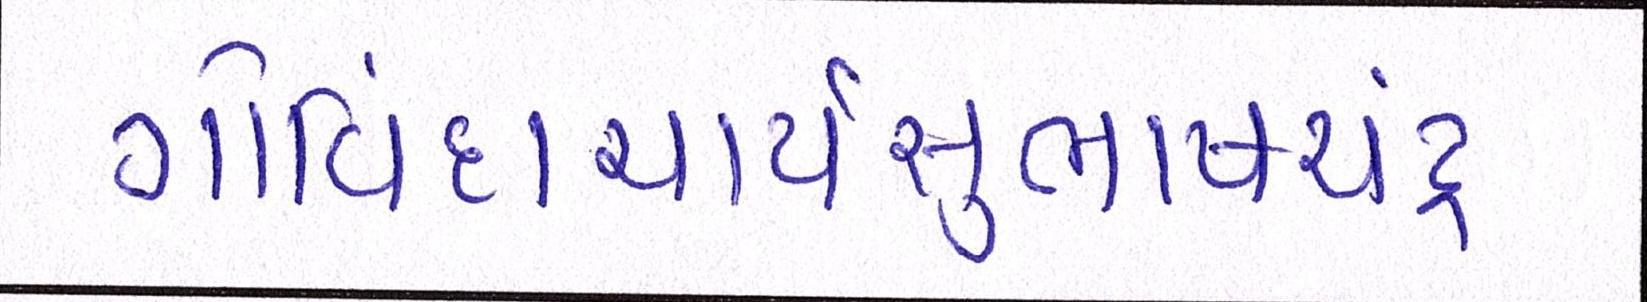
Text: ગોવિંદાચાર્યસુભાષચંદ્ર